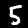
Label: 5